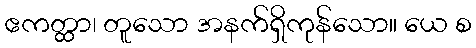
ဧကတ္ထာ၊ တူသော အနက်ရှိကုန်သော။ ယေ စ